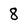
Character: 8